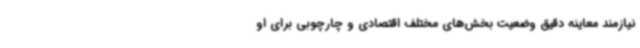
نیازمند معاینه دقیق وضعیت بخش‌های مختلف اقتصادی و چارچوبی برای او